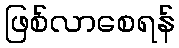
ဖြစ်လာစေရန်